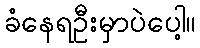
ခံနေရဦးမှာပဲပေါ့။